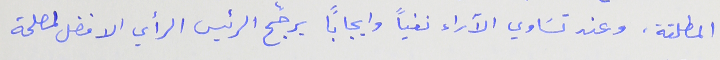
المطلقة، وعند تسَاوي الآراء نفياً وايجاباً يرجّح الرئيس الرأي الافضل لمصلحة